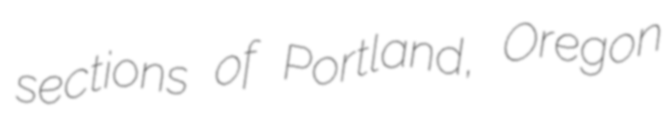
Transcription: sections of Portland, Oregon